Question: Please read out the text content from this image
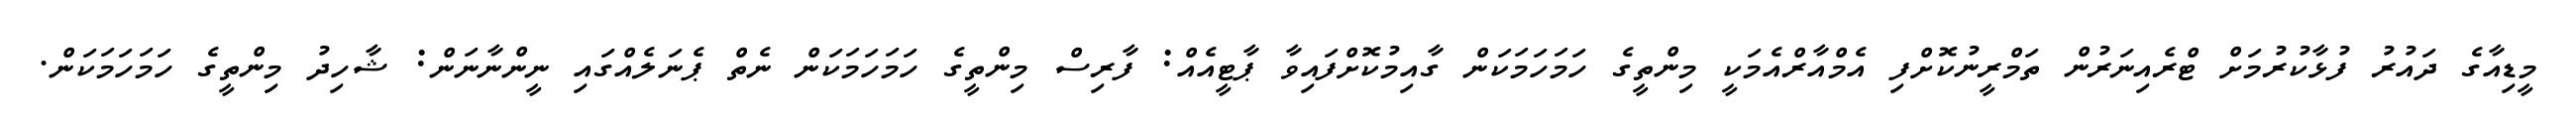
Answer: މީޑިއާގެ ދައުރު ފުޅާކުރުމަށް ޓްރެއިނަރުން ތަމްރީނުކޮށްފި އެމްއާރްއެމަކީ މިންތީގެ ހަމަހަމަކަން ގާއިމުކޮށްފައިވާ ޕާޓީއެއް: ފާރިސް މިންތީގެ ހަމަހަމަކަން ނެތް ޕެނަލެއްގައި ނީންނާނަން: ޝާހިދު މިންތީގެ ހަމަހަމަކަން.